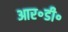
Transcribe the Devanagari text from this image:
आर॰डी॰